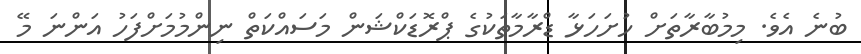
ބުނެ އެވެ. މިމުބާރާތަށް ހުށަހަޅާ ޑްރާމާތަކުގެ ޕްރޮޑަކްޝަން މަސައްކަތް ނިންމުމަށްފަހު އަންނަ މޭ